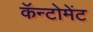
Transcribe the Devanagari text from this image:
कॅन्टोमेंट